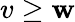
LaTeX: v\geq\mathbf{w}